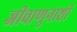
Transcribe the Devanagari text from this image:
जीवाणुनाशी